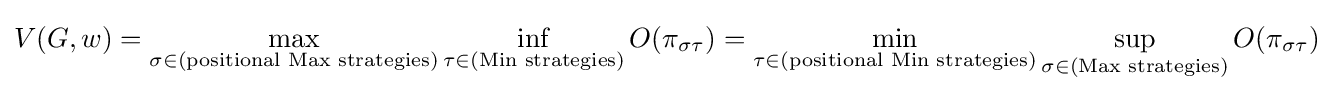
V(G,w)=\max _{\sigma \in {\text{(positional Max strategies)}}}\inf _{\tau \in {\text{(Min strategies)}}}O(\pi _{\sigma \tau })=\min _{\tau \in {\text{(positional Min strategies)}}}\sup _{\sigma \in {\text{(Max strategies)}}}O(\pi _{\sigma \tau })